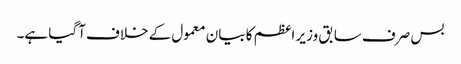
بس صرف سابق وزیر اعظم کا بیان معمول کے خلاف آگیا ہے۔